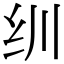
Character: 𬘓